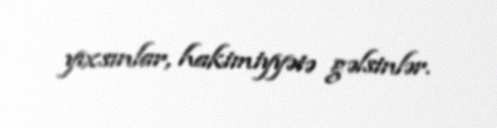
yıxsınlar, hakimiyyətə gəlsinlər.